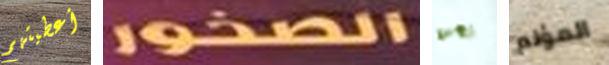
أعطيتهم الصخور نحن المؤلم